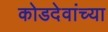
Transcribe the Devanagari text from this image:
कोडदेवांच्या